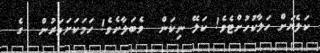
ކަލެޔަށް ހަލާކުހުށްޓެވެ! ކަލޭ ނިކަން  ވެބަލާށެވެ! ހަމަކަށަވަރުން  ގެ